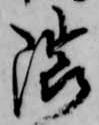
隈